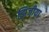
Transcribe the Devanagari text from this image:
झिजीया